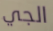
الجي